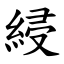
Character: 綅